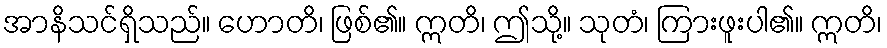
အာနိသင်ရှိသည်။ ဟောတိ၊ ဖြစ်၏။ ဣတိ၊ ဤသို့။ သုတံ၊ ကြားဖူးပါ၏။ ဣတိ၊